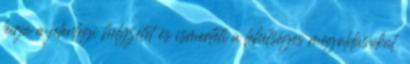
leírja a jelenlegi helyzetet és ismerteti a lehetséges megoldásokat.